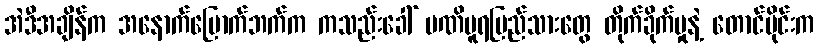
အဲဒီအချိန်က အနောက်မြောက်ဘက်က ကသည်းခေါ် မဏိပူရပြည်သားတွေ တိုက်ခိုက်မှုနဲ့ တောင်ပိုင်းက